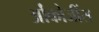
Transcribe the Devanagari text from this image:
ओंकोजींस